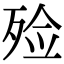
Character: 殓